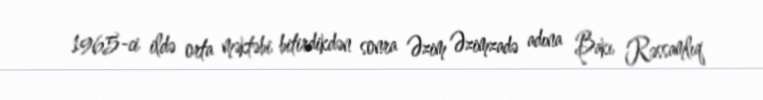
1965-ci ildə orta məktəbi bitirdikdən sonra Əzim Əzimzadə adına Bakı Rəssamlıq